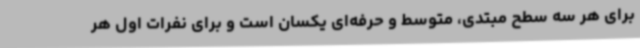
برای هر سه سطح مبتدی، متوسط و حرفه‌ای یکسان است و برای نفرات اول هر